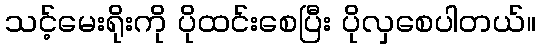
သင့်မေးရိုးကို ပိုထင်းစေပြီး ပိုလှစေပါတယ်။